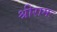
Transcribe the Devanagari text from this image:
श्रीरामः